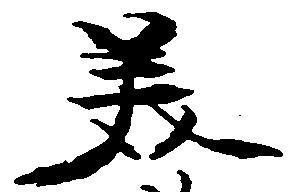
美